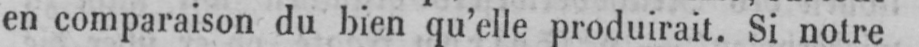
en comparaison du bien qu’elle produirait. Si notre